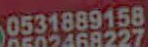
0531889158